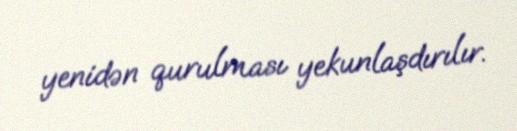
yenidən qurulması yekunlaşdırılır.